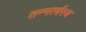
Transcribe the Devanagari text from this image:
तन्मर्त्यस्य